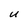
Character: U